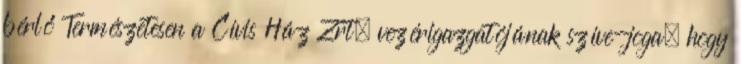
bérlő Természetesen a Cívis Ház Zrt. vezérigazgatójának szíve-joga, hogy